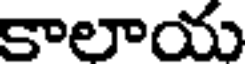
కాలాయ